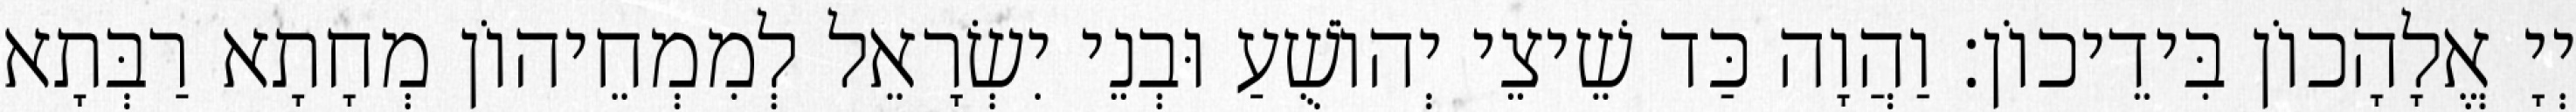
יְיָ אֱלָהָכוֹן בִּידֵיכוֹן׃ וַהֲוָה כַּד שֵׁיצֵי יְהוֹשֻׁעַ וּבְנֵי יִשְׂרָאֵל לְמִמְחֵיהוֹן מְחָתָא רַבְּתָא